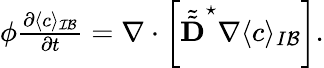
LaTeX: \begin{array}{r}{\phi\frac{\partial\langle c\rangle_{\mathcal{IB}}}{\partial t}=\nabla\cdot\left[\tilde{\tilde{\textbf{D}}}^{\star}\nabla\langle c\rangle_{I\mathcal B}\right].}\end{array}